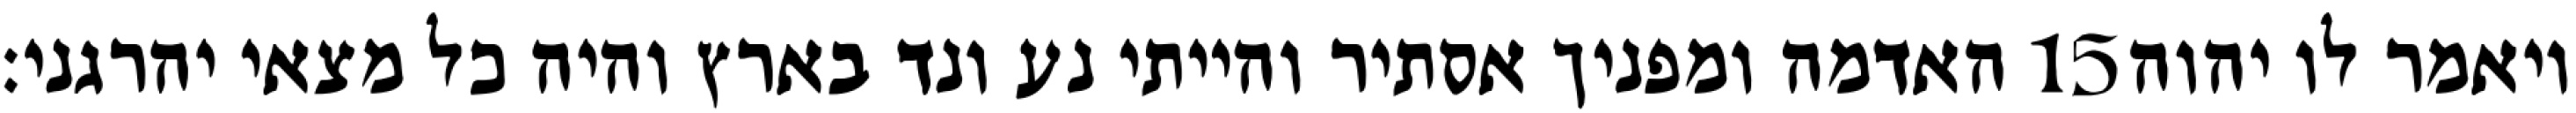
האדמה ומפניך אסתיר והייתי נע ונד בארץ והיה כל מצאי יהרגני׃ ‎15‏ ויאמר לו יהוה